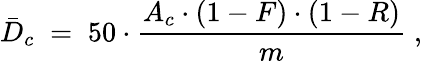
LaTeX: \bar{D}_{c}\; =\; 50\cdot\frac{A_{c}\cdot(1-F)\cdot(1-R)}{m}\; ,